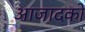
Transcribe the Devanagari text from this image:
आजादको